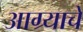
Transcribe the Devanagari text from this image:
आग्र्याचे